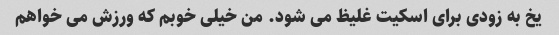
یخ به زودی برای اسکیت غلیظ می شود. من خیلی خوبم که ورزش می خواهم